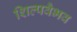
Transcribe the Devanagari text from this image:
शिल्पवैभव